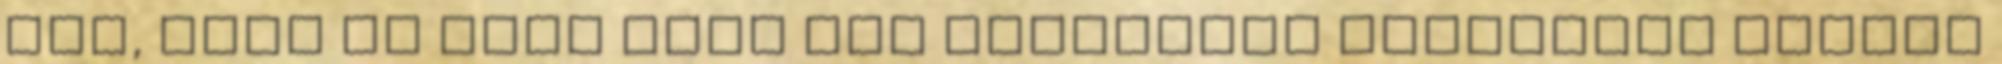
sem, mert az idei téma egy kétévesre tervezett ciklus